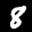
Label: 8